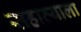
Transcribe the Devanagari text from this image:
सहाव्याला